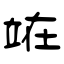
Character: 𫞼